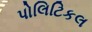
પોલિટિકલ